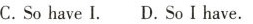
C.So have I. D.So I have.